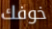
خوفك